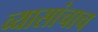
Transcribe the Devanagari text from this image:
व्यासांचाच